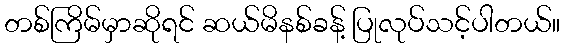
တစ်ကြိမ်မှာဆိုရင် ဆယ်မိနစ်ခန့် ပြုလုပ်သင့်ပါတယ်။